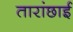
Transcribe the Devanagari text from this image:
तारांछाई